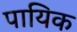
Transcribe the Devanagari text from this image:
पायिक